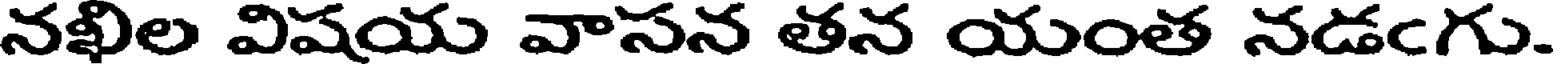
నఖిల విషయ వాసన తన యంత నడఁగు.